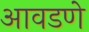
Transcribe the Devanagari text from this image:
आवडणे